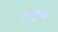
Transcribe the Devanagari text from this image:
अमुख